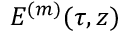
E ^ { ( m ) } ( \tau , z )